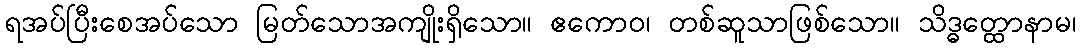
ရအပ်ပြီးစေအပ်သော မြတ်သောအကျိုးရှိသော။ ဧကောဝ၊ တစ်ဆူသာဖြစ်သော။ သိဒ္ဓတ္ထောနာမ၊